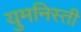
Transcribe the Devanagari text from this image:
युमनिस्ती